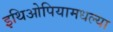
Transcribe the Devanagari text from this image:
इथिओपियामधल्या